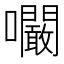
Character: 㘚